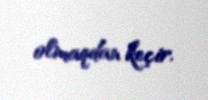
olmaqdan keçir.